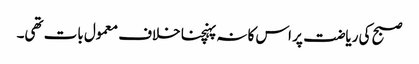
صبح کی ریاضت پر اس کا نہ پہنچنا خلاف معمول بات تھی۔